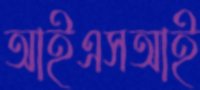
আইএসআই